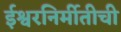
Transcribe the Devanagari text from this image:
ईश्वरनिर्मीतीची